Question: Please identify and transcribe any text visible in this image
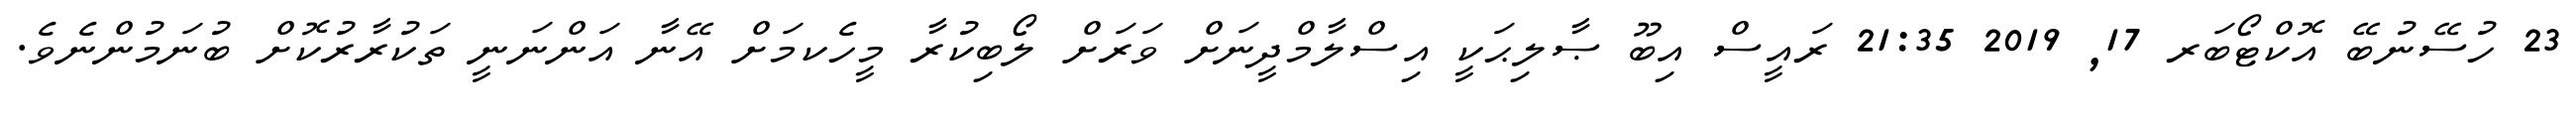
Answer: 23 ހުސޭނުބޭ އޮކްޓޯބަރ 17, 2019 21:35 ރައީސް އިބޫ ޞާލިޙަކީ އިސްލާމްދީނަށް ވަރަށް ލޯބިކުރާ މީހެކމަށް އޭނާ އަންނަނީ ތަކުރާރުކޮށް ބުނަމުންނެވެ.